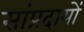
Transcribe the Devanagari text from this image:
सांप्रदायों